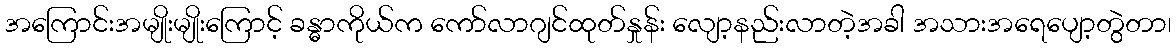
အကြောင်းအမျိုးမျိုးကြောင့် ခန္ဓာကိုယ်က ကော်လာဂျင်ထုတ်နှုန်း လျော့နည်းလာတဲ့အခါ အသားအရေပျော့တွဲတာ၊